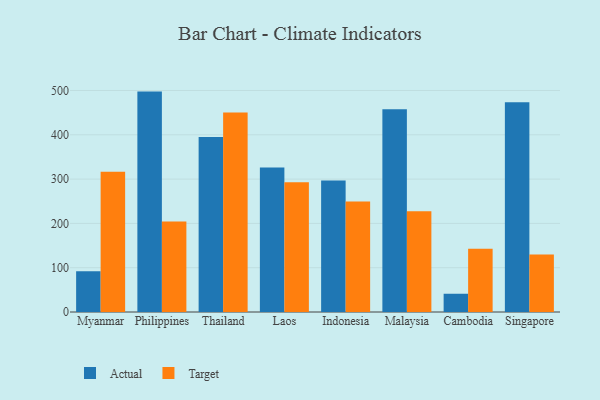
{"axis": {"x": "Country", "y": "Churn Rate (%)"}, "legend": ["Actual", "Target"], "data": [{"x": "Myanmar", "y": 92.0, "type": "Actual"}, {"x": "Myanmar", "y": 316.7, "type": "Target"}, {"x": "Philippines", "y": 497.5, "type": "Actual"}, {"x": "Philippines", "y": 204.1, "type": "Target"}, {"x": "Thailand", "y": 395.1, "type": "Actual"}, {"x": "Thailand", "y": 450.4, "type": "Target"}, {"x": "Laos", "y": 326.3, "type": "Actual"}, {"x": "Laos", "y": 292.8, "type": "Target"}, {"x": "Indonesia", "y": 297.1, "type": "Actual"}, {"x": "Indonesia", "y": 249.5, "type": "Target"}, {"x": "Malaysia", "y": 457.7, "type": "Actual"}, {"x": "Malaysia", "y": 227.3, "type": "Target"}, {"x": "Cambodia", "y": 41.2, "type": "Actual"}, {"x": "Cambodia", "y": 143.0, "type": "Target"}, {"x": "Singapore", "y": 473.5, "type": "Actual"}, {"x": "Singapore", "y": 129.6, "type": "Target"}]}